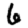
Digit: 6